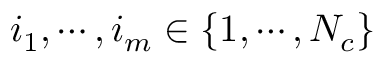
i _ { 1 } , \cdots , i _ { m } \in \left\{ 1 , \cdots , N _ { c } \right\}